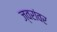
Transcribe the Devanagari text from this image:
ज्वरांवर